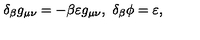
\delta _ { \beta } g _ { \mu \nu } = - \beta \varepsilon g _ { \mu \nu } , \ \delta _ { \beta } \phi = \varepsilon ,